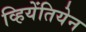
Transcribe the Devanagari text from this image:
व्हियेंतियेन